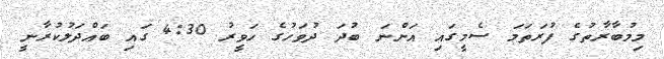
މިމުބާރާތުގެ ފުރަތަމަ ސެމީގައި އަންނަ ބުދަ ދުވަހުގެ ހަވީރު 4:30 ގައި ބައްދަލުކުރާނީ